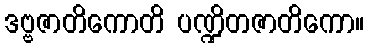
ဒဗ္ဗဇာတိကောတိ ပဏ္ဍိတဇာတိကော။